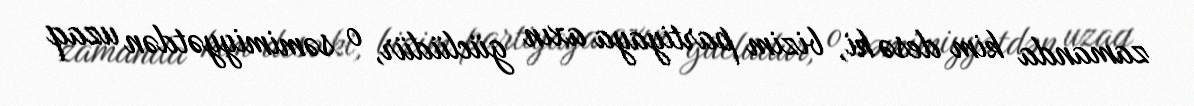
zamanda kim desə ki, bizim partiyaya axın güclüdür, o səmimiyyətdən uzaq